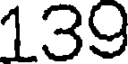
139